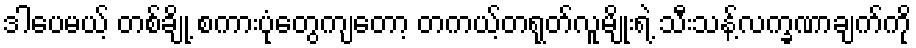
ဒါပေမယ့် တစ်ချို့ စကားပုံတွေကျတော့ တကယ့်တရုတ်လူမျိုးရဲ့ သီးသန့်လက္ခဏာချက်ကို